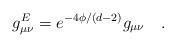
LaTeX: \begin{align*}g^E_{\mu\nu} = e^{-4\phi/(d-2)} g_{\mu\nu} \quad .\end{align*}